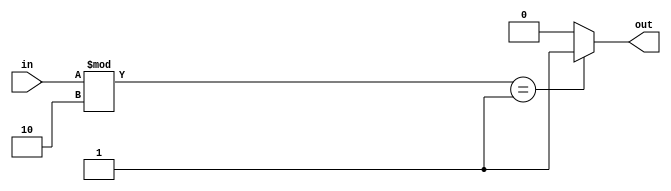
`timescale 1ns / 1ps

module parity (
    input [3:0] in,
    output reg out
);

always @(*) begin
    if (in % 2 == 1) begin
        out = 1;
    end  else begin
        out = 0;
    end
end
    
endmodule